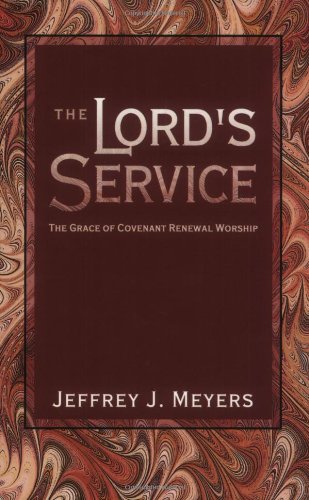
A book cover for The Lord's Service: The Grace of Covenant Renewal Worship; Jeffrey J. Meyers; Christian Books & Bibles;